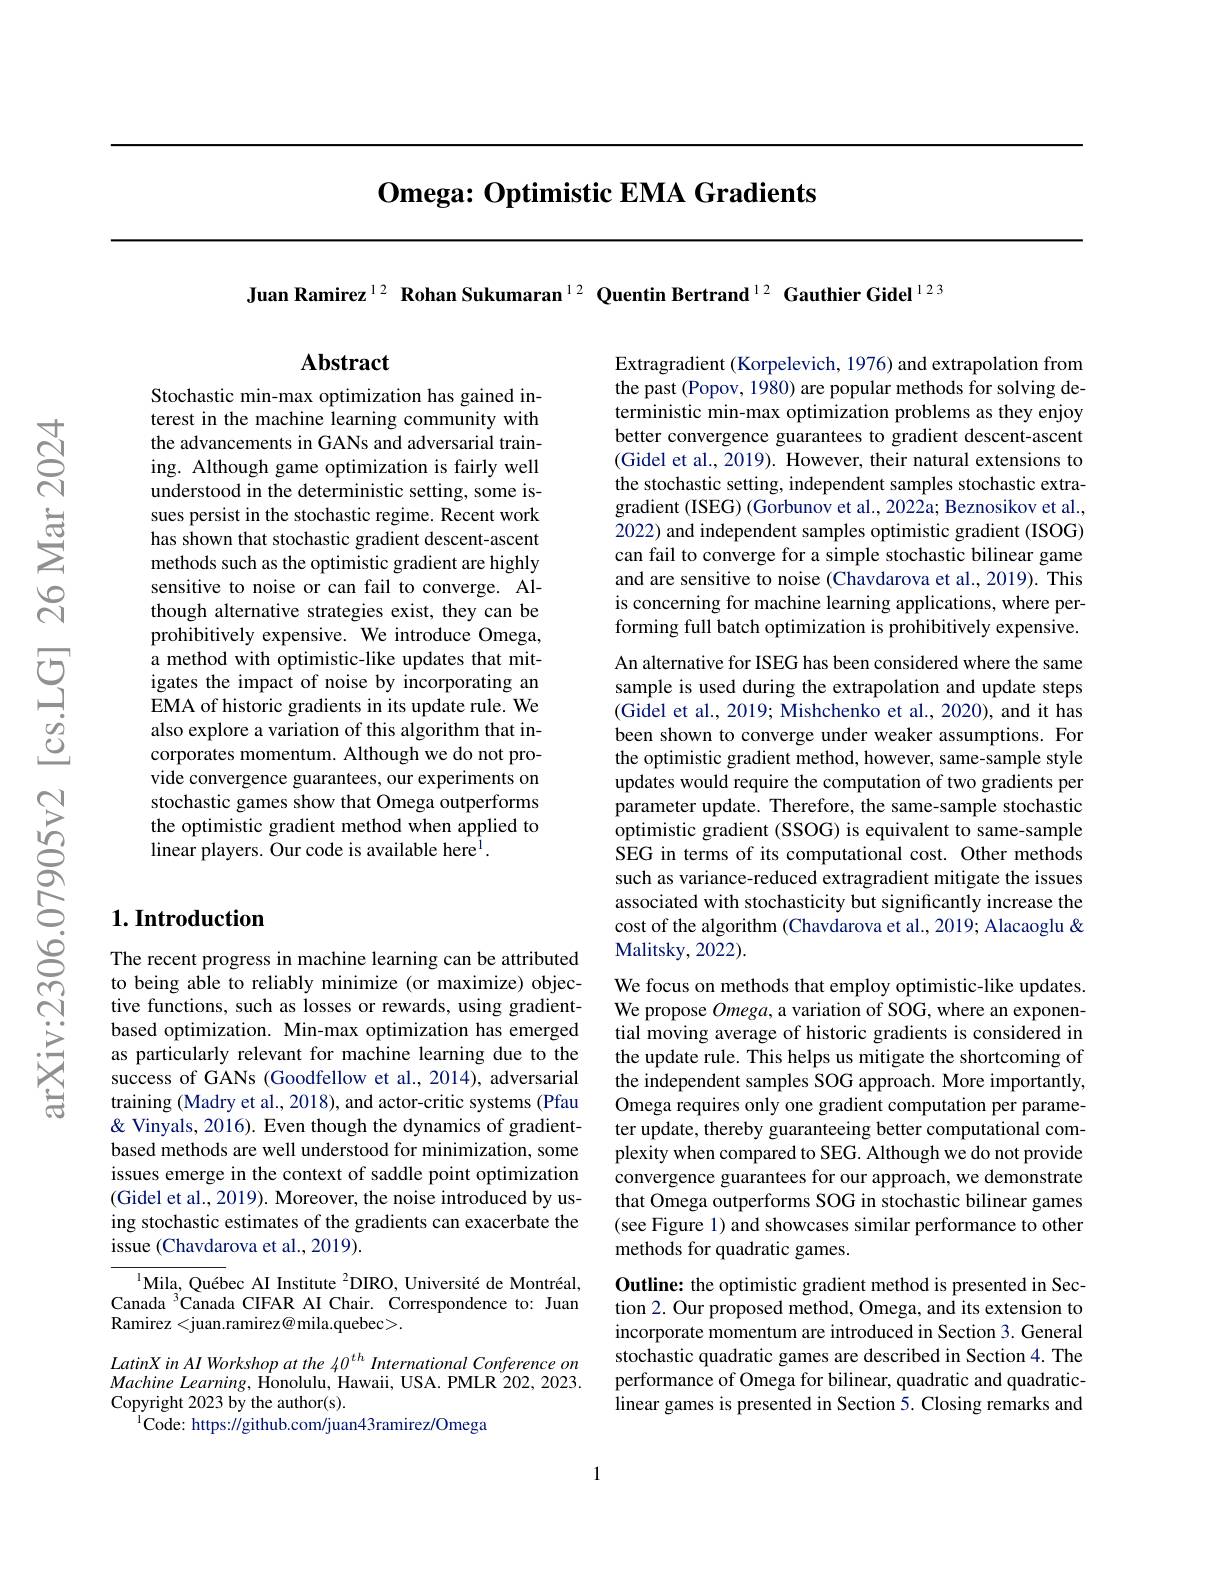
## $\textbf{Omega: Optimistic EMA Gradients}$

Stochastic min-max optimization has gained interest in the machine learning community with the advancements in GANs and adversarial training. Although game optimization is fairly well understood in the deterministic setting, some issues persist in the stochastic regime. Recent work has shown that stochastic gradient descent-ascent methods such as the optimistic gradient are highly sensitive to noise or can fail to converge. Although alternative strategies exist, they can be prohibitively expensive. We introduce Omega, a method with optimistic-like updates that mitigates the impact of noise by incorporating an EMA of historic gradients in its update rule. We also explore a variation of this algorithm that incorporates momentum. Although we do not provide convergence guarantees, our experiments on stochastic games show that Omega outperforms the optimistic gradient method when applied to linear players. Our code is available here$^{\mathrm{l}}.$

### $1. \textbf{Introduction}$

The recent progress in machine learning can be attributed to being able to reliably minimize (or maximize) objective functions, such as losses or rewards, using gradientbased optimization. Min-max optimization has emerged as particularly relevant for machine learning due to the success of GANs (Goodfellow et al., 2014), adversarial training (Madry et al., 2018), and actor-critic systems (Pfau & Vinyals, 2016). Even though the dynamics of gradientbased methods are well understood for minimization, some issues emerge in the context of saddle point optimization (Gidel et al., 2019). Moreover, the noise introduced by using stochastic estimates of the gradients can exacerbate the issue (Chavdarova et al., 2019).

$^{1}$Mila, Québec AI Institute $^2$DIRO, Université de Montréal, Canada $^{3}$Canada CIFAR AI Chair. Correspondence to: Juan Ramirez< juan. ramirez@ mila.quebec>.

$LatinXinAIWorkshopatthe40^{th}InternationalConferenceon$ Machine Learning, Honolulu, Hawaii, USA. PMLR 202, 2023. Copyright 2023 by the author(s).
$^{1}$Code: https://github.com/juan43ramirez/Omega

Juan Ramirez$^{12}$ Rohan Sukumaran$^{12}$ Quentin Bertrand$^{12}$ Gauthier Gidel$^{123}$

$\mathbf{Abstract}$

Extragradient (Korpelevich, 1976) and extrapolation from the past (Popov, 1980) are popular methods for solving deterministic min-max optimization problems as they enjoy better convergence guarantees to gradient descent-ascent (Gidel et al., 2019). However, their natural extensions to the stochastic setting, independent samples stochastic extragradient (ISEG) (Gorbunov et al., 2022a; Beznosikov et al., 2022) and independent samples optimistic gradient (ISOG) can fail to converge for a simple stochastic bilinear game and are sensitive to noise (Chavdarova et al., 2019). This is concerning for machine learning applications, where performing full batch optimization is prohibitively expensive. An alternative for ISEG has been considered where the same sample is used during the extrapolation and update steps (Gidel et al., 2019; Mishchenko et al., 2020), and it has been shown to converge under weaker assumptions. For the optimistic gradient method, however, same-sample style updates would require the computation of two gradients per parameter update. Therefore, the same-sample stochastic optimistic gradient (SSOG) is equivalent to same-sample SEG in terms of its computational cost. Other methods such as variance-reduced extragradient mitigate the issues associated with stochasticity but significantly increase the cost of the algorithm (Chavdarova et al., 2019; Alacaoglu & Malitsky, 2022).
We focus on methods that employ optimistic-like updates. We propose $Omega$, a variation of SOG, where an exponen-

tial moving average of historic gradients is considered in the update rule. This helps us mitigate the shortcoming of the independent samples SOG approach. More importantly, Omega requires only one gradient computation per parameter update, thereby guaranteeing better computational complexity when compared to SEG. Although we do not provide convergence guarantees for our approach, we demonstrate that Omega outperforms SOG in stochastic bilinear games (see Figure 1) and showcases similar performance to other methods for quadratic games.
Outline: the optimistic gradient method is presented in Sec-

tion 2. Our proposed method, Omega, and its extension to incorporate momentum are introduced in Section 3. General stochastic quadratic games are described in Section 4. The performance of Omega for bilinear, quadratic and quadraticlinear games is presented in Section 5. Closing remarks and

1